Scottish Leaving Certificate Examination, 1958
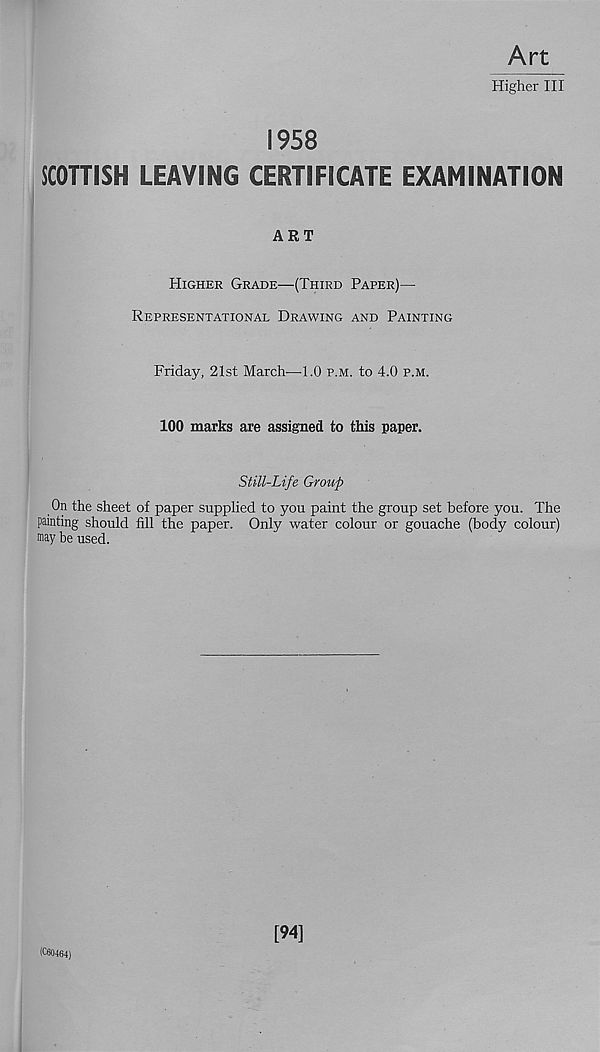
Art
Higher III
1958
SCOTTISH LEAVING CERTIFICATE EXAMINATION
ART
Higher Grade—(Third Paper)—
Representational Drawing and Painting
Friday, 21st March—TO p.m. to 4.0 p.m.
100 marks are assigned to this paper.
Still-Life Group
On the sheet of paper supplied to you paint the group set before you. The
painting should fill the paper. Only water colour or gouache (body colour)
aiay be used.
(C60464)
[94]